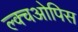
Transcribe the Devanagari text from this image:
ल्क्चओपिस